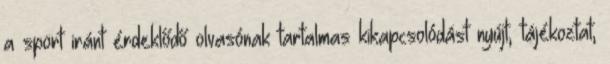
a sport iránt érdeklődő olvasónak tartalmas kikapcsolódást nyújt, tájékoztat,